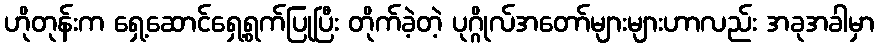
ဟိုတုန်းက ရှေ့ဆောင်ရှေ့ရွက်ပြုပြီး တိုက်ခဲ့တဲ့ ပုဂ္ဂိုလ်အတော်များများဟာလည်း အခုအခါမှာ